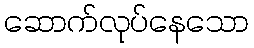
ဆောက်လုပ်နေသော